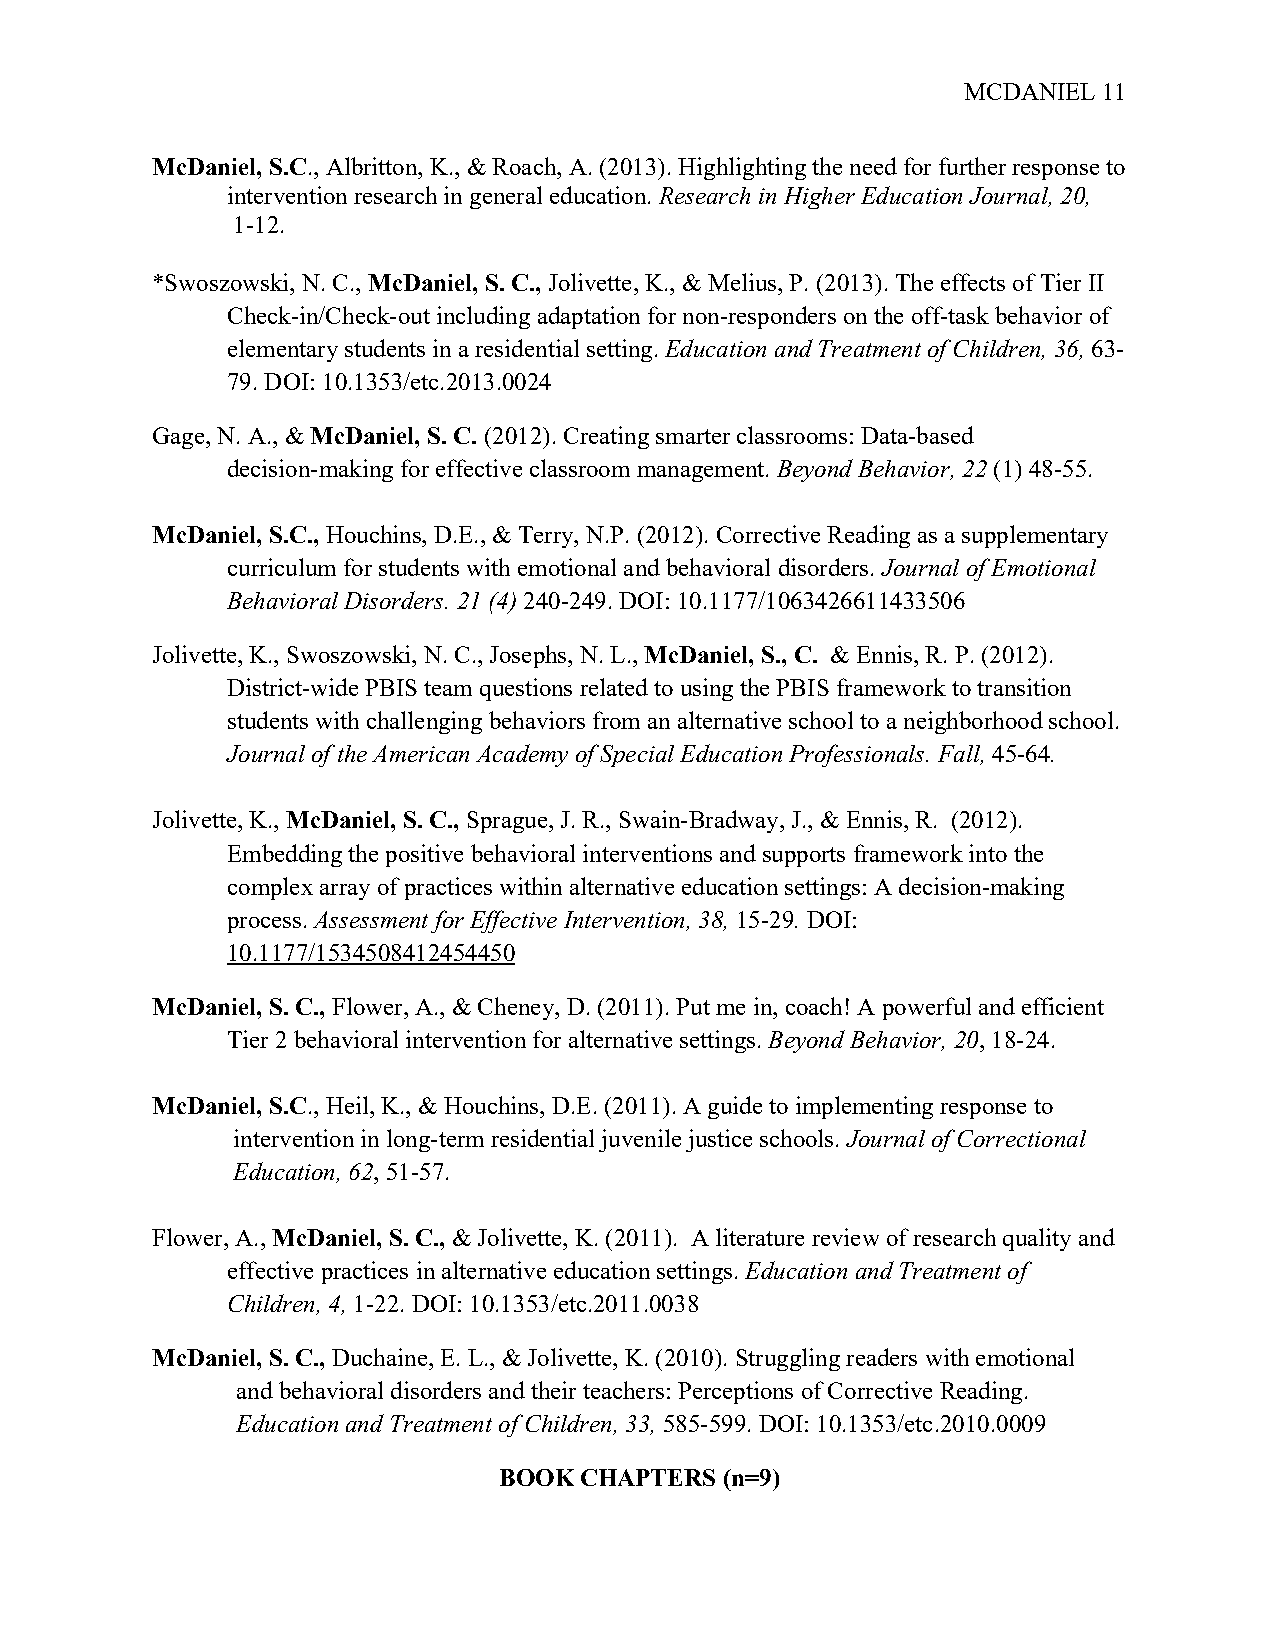
MCDANIEL 11
 McDaniel, S.C., Albritton, K., & Roach, A. (2013). Highlighting the need for further response to
 intervention research in general education. Research in Higher Education Journal, 20,
 1-12.
 *Swoszowski, N. C., McDaniel, S. C., Jolivette, K., & Melius, P. (2013). The effects of Tier II
 Check-in/Check-out including adaptation for non-responders on the off-task behavior of
 elementary students in a residential setting. Education and Treatment of Children, 36, 63-
 79. DOI: 10.1353/etc.2013.0024
 Gage, N. A., & McDaniel, S. C. (2012). Creating smarter classrooms: Data-based
 decision-making for effective classroom management. Beyond Behavior, 22 (1) 48-55.
 McDaniel, S.C., Houchins, D.E., & Terry, N.P. (2012). Corrective Reading as a supplementary
 curriculum for students with emotional and behavioral disorders. Journal of Emotional
 Behavioral Disorders. 21 (4) 240-249. DOI: 10.1177/1063426611433506
 Jolivette, K., Swoszowski, N. C., Josephs, N. L., McDaniel, S., C. & Ennis, R. P. (2012).
 District-wide PBIS team questions related to using the PBIS framework to transition
 students with challenging behaviors from an alternative school to a neighborhood school.
 Journal of the American Academy of Special Education Professionals. Fall, 45-64.
 Jolivette, K., McDaniel, S. C., Sprague, J. R., Swain-Bradway, J., & Ennis, R. (2012).
 Embedding the positive behavioral interventions and supports framework into the
 complex array of practices within alternative education settings: A decision-making
 process. Assessment for Effective Intervention, 38, 15-29. DOI:
 10.1177/1534508412454450
 McDaniel, S. C., Flower, A., & Cheney, D. (2011). Put me in, coach! A powerful and efficient
 Tier 2 behavioral intervention for alternative settings. Beyond Behavior, 20, 18-24.
 McDaniel, S.C., Heil, K., & Houchins, D.E. (2011). A guide to implementing response to
 intervention in long-term residential juvenile justice schools. Journal of Correctional
 Education, 62, 51-57.
 Flower, A., McDaniel, S. C., & Jolivette, K. (2011). A literature review of research quality and
 effective practices in alternative education settings. Education and Treatment of
 Children, 4, 1-22. DOI: 10.1353/etc.2011.0038
 McDaniel, S. C., Duchaine, E. L., & Jolivette, K. (2010). Struggling readers with emotional
 and behavioral disorders and their teachers: Perceptions of Corrective Reading.
 Education and Treatment of Children, 33, 585-599. DOI: 10.1353/etc.2010.0009
 BOOK CHAPTERS  (n=9)